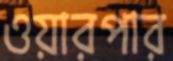
ওয়ারপার